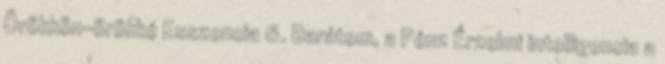
Örökkön-örökké Esszencia 6. Barátom, a Pénz Érzelmi intelligencia a